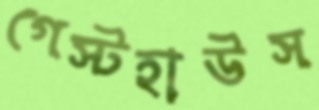
গেস্টহাউস